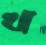
খ